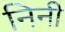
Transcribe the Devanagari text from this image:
निनी